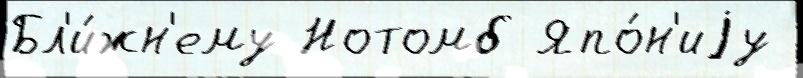
Бл'и́жн'ему Нотомб Япо́н'иjу